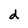
Character: d